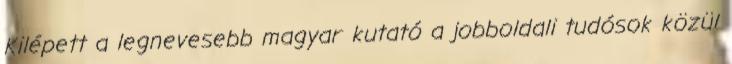
Kilépett a legnevesebb magyar kutató a jobboldali tudósok közül